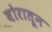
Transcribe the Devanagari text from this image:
बोरातून